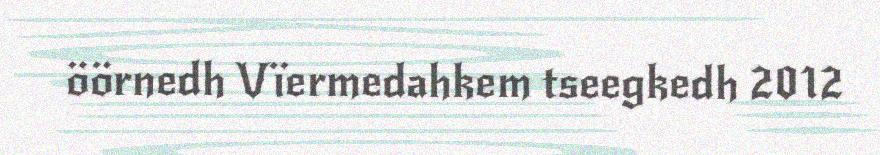
öörnedh Vïermedahkem tseegkedh 2012